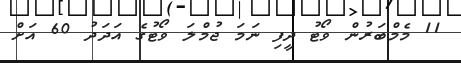
11 މެމްބަރުން ވޯޓު ދީފި ނަމަ ޖުމްލަ ވޯޓުގެ އަދަދު 60 އަށް